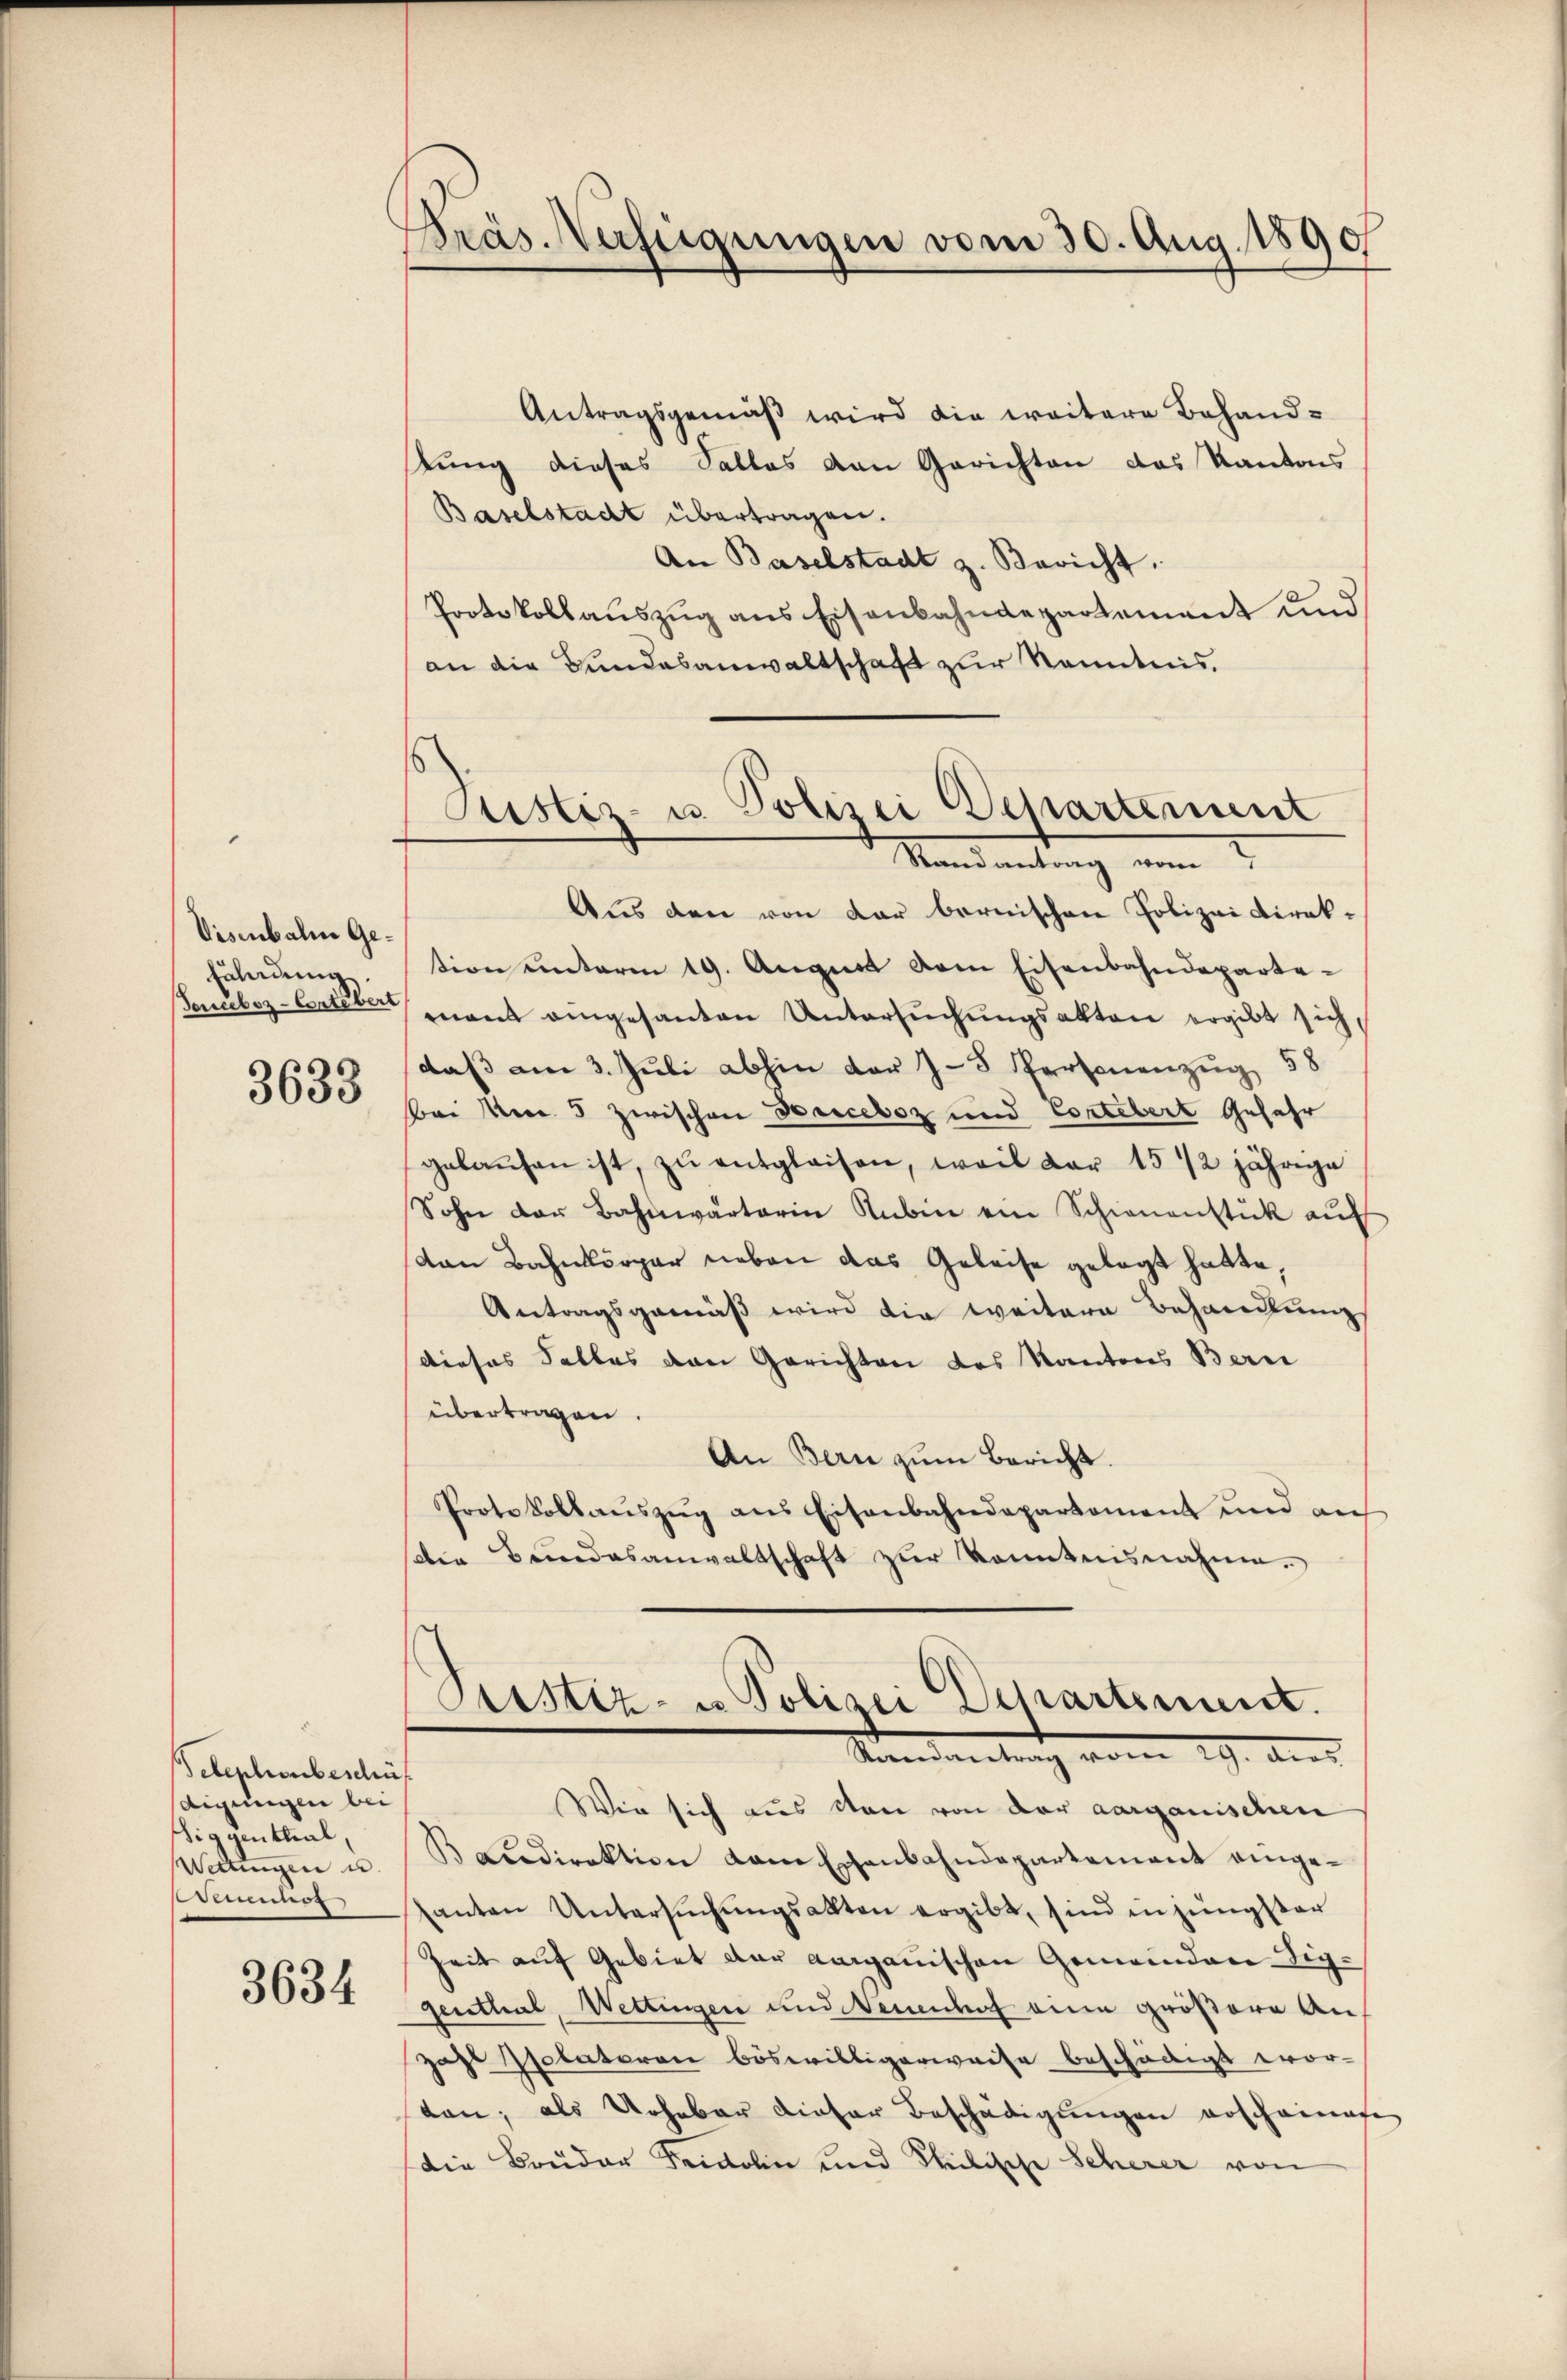
Visenbalen Gefährdung
Fonuboz-Contebert

3633

Telephonbeschüt
digungen bei
Siggenthal,
Wettingen u.
mnos

3634

Gras Näftigungen vom 30. Aug. 1890

Atistiz- u. Polizei Departement
Randantrag vom

Antragsgemäß wird die weitere Behandtung dieses Salles von Gerichten das Kantons
Baselstadt übertragen.
An Baselstadt z. Bericht.
Protokollauszug aus Eisenbahndepartement und
an die Bundesanwaltschaft zur Kenntnis.
Aus den von dar bernischen Polizei Direktion unterm 19. August vom Eisenbahndepartemant angesanten Untersŭchŭngsakten ergibt sich,
daß am 3. Juli abhin der Z. 5 Personenzug 58
Bei No 5 zwischen Berceboz und Cortebert Gefahr
gelaŭfen ist, zŭ entglaisen, weil dar 15 1/2 jährige
Sohn der Bahnwärterin Rubin ein Schienenstück auf
von Bahnkörper neben das Geleise gelegt hatte,
Antragsgemäß wird die weitere Behandlung
dieses Falles den Gerichten des Kantons Bern
übertragen.
An Bern zum Bericht.
Prote Volkaŭszŭg ans Eisenbahndepartement und auf
die Bundesanwaltschaft zur konntensnahme.
Pustiz- u Polizei Departement.
Standantung vom 19. Aus
Wie sich aus von von der aargauischen
Kandirektion dem Essenbahndepartement eingesanten Untersŭchŭngsakten ergibt, sind in jüngster
Zeit auf Gebiet der aargauischen Gemeinder-Sig¬
Genthal, Wettingen und Neuenhof eine größere Anzahl Psolatoren böswilligerweise beschädigt wor-
tan; als Urheber dieser Beschädigungen erscheinen
die Brüder Fridolin und Philische Scherer von